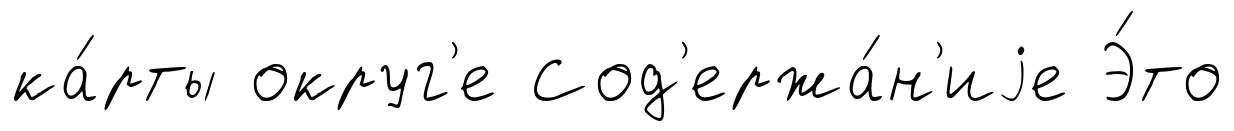
ка́рты округ'е Сод'ержа́н'иjе Э́то